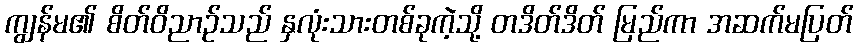
ကျွန်မ၏ စိတ်ဝိညာဉ်သည် နှလုံးသားတစ်ခုကဲ့သို့ တဒိတ်ဒိတ် မြည်ကာ အဆက်မပြတ်